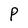
Character: P